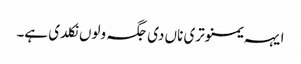
ایہہ یمنوتری ناں دی جگہ ولوں نکلدی ہے۔